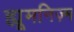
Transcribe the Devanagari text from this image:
ह्यूमनिज़्म